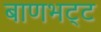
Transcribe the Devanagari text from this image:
बाणभट्‌ट